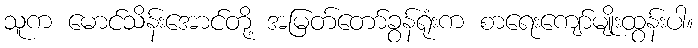
သူက မောင်သိန်းအောင်တို့ အမြတ်တော်ခွန်ရုံးက စာရေးကျော်မျိုးထွန်းပါ။